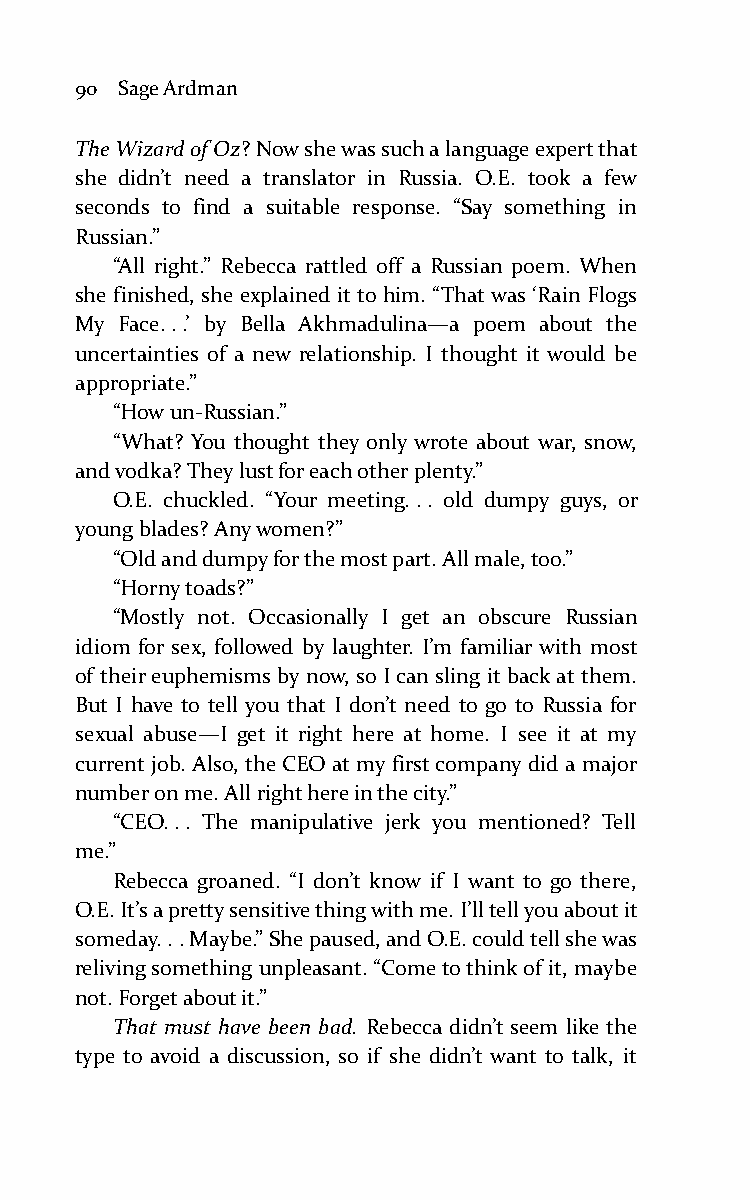
90 Sage Ardman
 The Wizard of Oz? Now she was such a language expert that
 she didn’t need a translator in Russia. O.E. took a few
 seconds to find a suitable response. “Say something in
 Russian.”
 “All right.” Rebecca rattled off a Russian poem. When
 she finished, she explained it to him. “That was ‘Rain Flogs
 My Face. . .’ by Bella Akhmadulina—a poem about the
 uncertainties of a new relationship. I thought it would be
 appropriate.”
 “How un-Russian.”
 “What? You thought they only wrote about war, snow,
 and vodka? They lust for each other plenty.”
 O.E. chuckled. “Your meeting. . . old dumpy guys, or
 young blades? Any women?”
 “Old and dumpy for the most part. All male, too.”
 “Horny toads?”
 “Mostly not. Occasionally I get an obscure Russian
 idiom for sex, followed by laughter. I’m familiar with most
 of their euphemisms by now, so I can sling it back at them.
 But I have to tell you that I don’t need to go to Russia for
 sexual abuse—I get it right here at home. I see it at my
 current job. Also, the CEO at my first company did a major
 number on me. All right here in the city.”
 “CEO. . . The manipulative jerk you mentioned? Tell
 me.”
 Rebecca groaned. “I don’t know if I want to go there,
 O.E. It’s a pretty sensitive thing with me. I’ll tell you about it
 someday. . . Maybe.” She paused, and O.E. could tell she was
 reliving something unpleasant. “Come to think of it, maybe
 not. Forget about it.”
 That must have been bad. Rebecca didn’t seem like the
 type to avoid a discussion, so if she didn’t want to talk, it